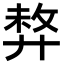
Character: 𢍛